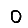
Digit: 0